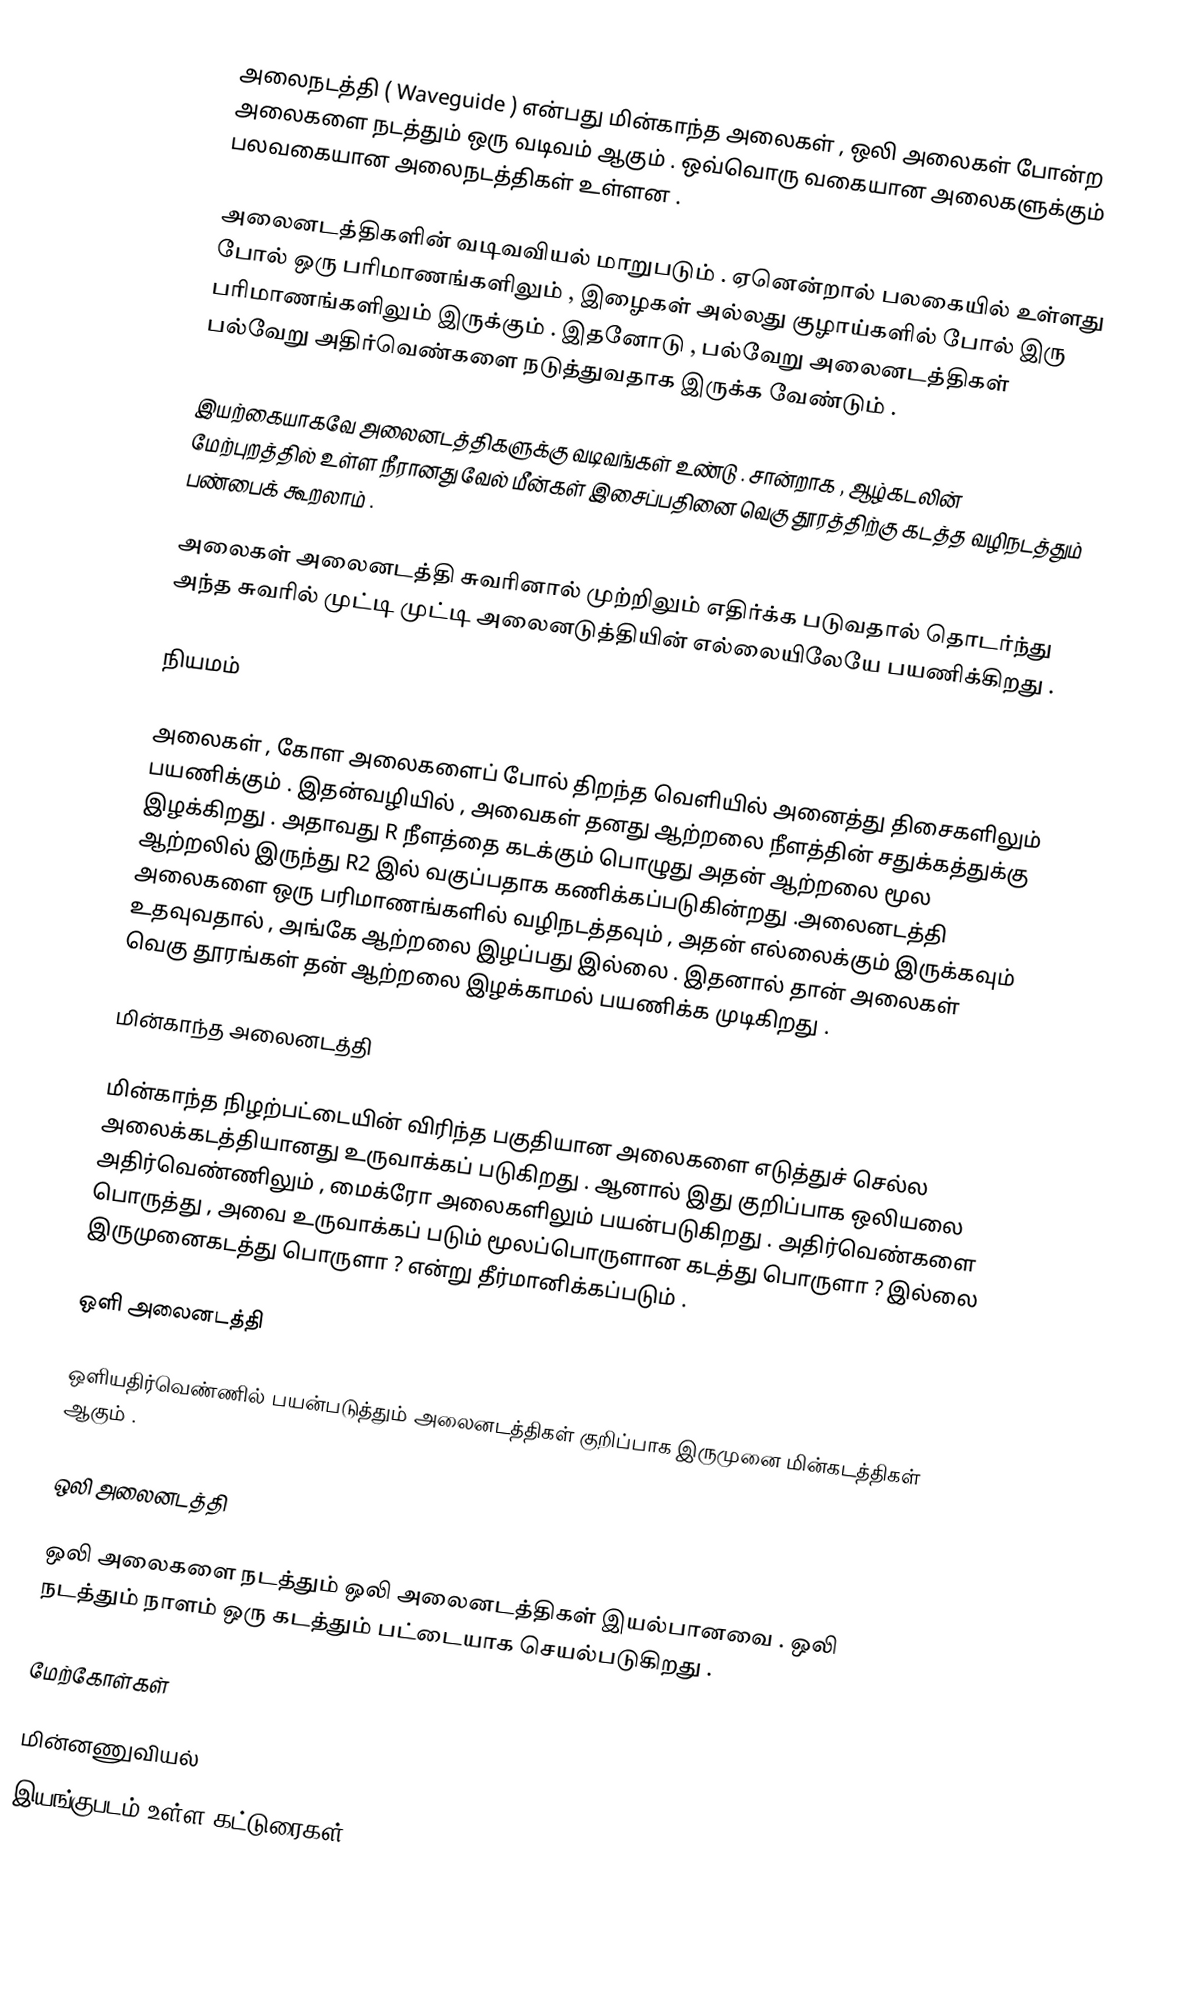
அலைநடத்தி ( Waveguide ) என்பது மின்காந்த அலைகள் , ஒலி அலைகள் போன்ற அலைகளை நடத்தும் ஒரு வடிவம் ஆகும் . ஒவ்வொரு வகையான அலைகளுக்கும் பலவகையான அலைநடத்திகள் உள்ளன .

அலைனடத்திகளின் வடிவவியல் மாறுபடும் . ஏனென்றால் பலகையில் உள்ளது போல் ஒரு பரிமாணங்களிலும் , இழைகள் அல்லது குழாய்களில் போல் இரு பரிமாணங்களிலும் இருக்கும் . இதனோடு , பல்வேறு அலைனடத்திகள் பல்வேறு அதிர்வெண்களை நடுத்துவதாக இருக்க வேண்டும் .

இயற்கையாகவே அலைனடத்திகளுக்கு வடிவங்கள் உண்டு . சான்றாக , ஆழ்கடலின் மேற்புறத்தில் உள்ள நீரானது வேல் மீன்கள் இசைப்பதினை வெகு தூரத்திற்கு கடத்த வழிநடத்தும் பண்பைக் கூறலாம் .

அலைகள் அலைனடத்தி சுவரினால் முற்றிலும் எதிர்க்க படுவதால் தொடர்ந்து அந்த சுவரில் முட்டி முட்டி அலைனடுத்தியின் எல்லையிலேயே பயணிக்கிறது .

நியமம்

அலைகள் , கோள அலைகளைப் போல் திறந்த வெளியில் அனைத்து திசைகளிலும் பயணிக்கும் . இதன்வழியில் , அவைகள் தனது ஆற்றலை நீளத்தின் சதுக்கத்துக்கு  இழக்கிறது . அதாவது R நீளத்தை கடக்கும் பொழுது அதன் ஆற்றலை மூல ஆற்றலில் இருந்து R2 இல் வகுப்பதாக கணிக்கப்படுகின்றது .அலைனடத்தி அலைகளை ஒரு பரிமாணங்களில் வழிநடத்தவும் , அதன் எல்லைக்கும் இருக்கவும் உதவுவதால் , அங்கே ஆற்றலை இழப்பது இல்லை . இதனால் தான் அலைகள் வெகு தூரங்கள் தன் ஆற்றலை இழக்காமல் பயணிக்க முடிகிறது .

மின்காந்த அலைனடத்தி

மின்காந்த நிழற்பட்டையின் விரிந்த பகுதியான அலைகளை எடுத்துச் செல்ல அலைக்கடத்தியானது உருவாக்கப் படுகிறது . ஆனால் இது குறிப்பாக ஒலியலை அதிர்வெண்ணிலும் , மைக்ரோ அலைகளிலும் பயன்படுகிறது . அதிர்வெண்களை பொருத்து , அவை உருவாக்கப் படும் மூலப்பொருளான கடத்து பொருளா ? இல்லை இருமுனைகடத்து பொருளா ? என்று தீர்மானிக்கப்படும் .

ஒளி அலைனடத்தி

ஒளியதிர்வெண்ணில் பயன்படுத்தும் அலைனடத்திகள் குறிப்பாக இருமுனை மின்கடத்திகள் ஆகும் .

ஒலி அலைனடத்தி

ஒலி அலைகளை நடத்தும் ஒலி அலைனடத்திகள் இயல்பானவை . ஒலி நடத்தும் நாளம் ஒரு கடத்தும் பட்டையாக செயல்படுகிறது .

மேற்கோள்கள்

மின்னணுவியல்
இயங்குபடம் உள்ள கட்டுரைகள்